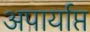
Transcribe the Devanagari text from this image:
अपार्याप्त